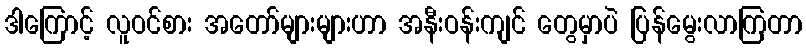
ဒါကြောင့် လူဝင်စား အတော်များများဟာ အနီးဝန်းကျင် တွေမှာပဲ ပြန်မွေးလာကြတာ